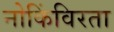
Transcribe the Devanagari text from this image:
नोकिंविरता